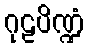
ဂုဠပိဏ္ဍံ